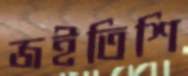
জইতিশি